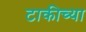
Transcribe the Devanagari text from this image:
टाकीच्या